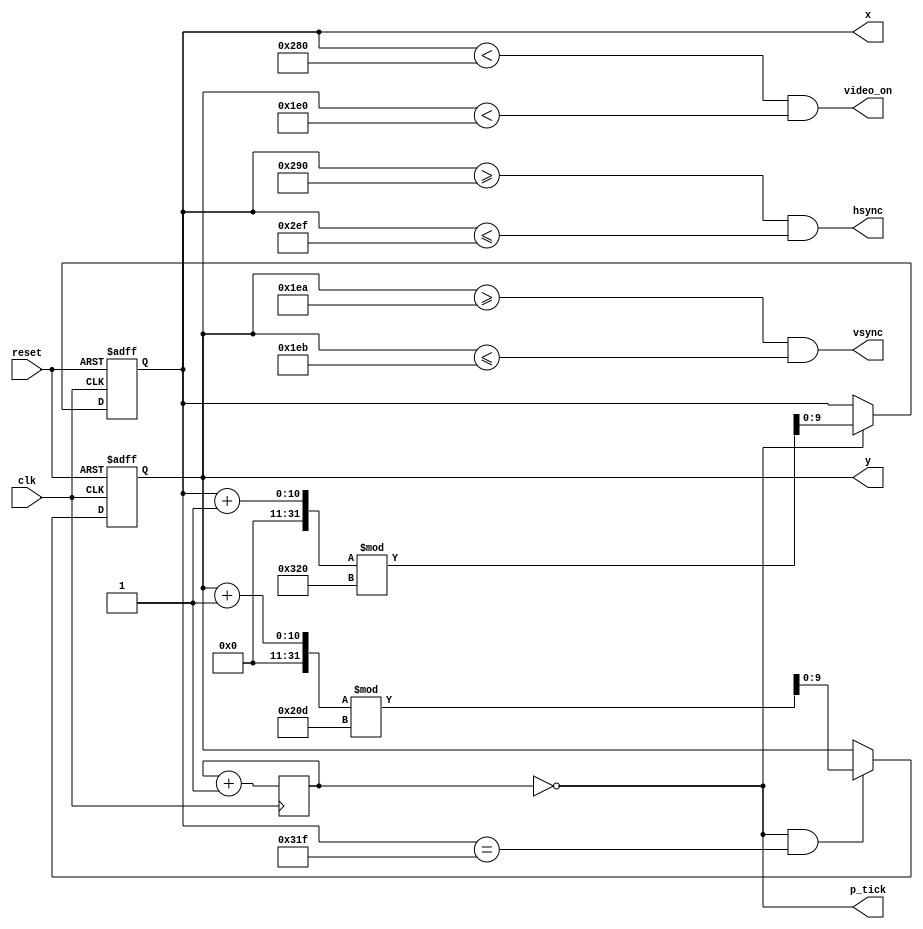
`timescale 1ns / 1ps
//////////////////////////////////////////////////////////////////////////////////
// Company: 
// Engineer: 
// 
// Design Name: 
// Module Name: vga_sync
// Project Name: 
// Target Devices: 
// Tool Versions: 
// Description: 
// 
// Dependencies: 
// 
// Revision:
// Revision 0.01 - File Created
// Additional Comments:
// 
//////////////////////////////////////////////////////////////////////////////////


module vgaTracker(
    output hsync, vsync, video_on, p_tick,
    output [9:0] x, y,
    input clk, reset
);

localparam H_DISPLAY = 640;
localparam H_L_BORDER = 48;
localparam H_R_BORDER = 16;
localparam H_RETRACE = 96;
localparam H_MAX = H_DISPLAY + H_L_BORDER + H_R_BORDER + H_RETRACE;
localparam START_H_RETRACE = H_DISPLAY + H_R_BORDER;
localparam END_H_RETRACE = START_H_RETRACE + H_RETRACE - 1;

localparam V_DISPLAY = 480;
localparam V_T_BORDER = 33;
localparam V_B_BORDER = 10;
localparam V_RETRACE = 2;
localparam V_MAX = V_DISPLAY + V_T_BORDER + V_B_BORDER + V_RETRACE;
localparam START_V_RETRACE = V_DISPLAY + V_B_BORDER;
localparam END_V_RETRACE = START_V_RETRACE + V_RETRACE - 1;

reg [1:0] pixel_reg;
wire pixel_tick = pixel_reg == 0;
always @(posedge clk)
    pixel_reg <= pixel_reg + 1;

reg [9:0] h_count_reg = 0;
reg [9:0] v_count_reg = 0;
wire [9:0] h_count_next = pixel_tick ? ((h_count_reg + 1) % H_MAX) : h_count_reg;
wire [9:0] v_count_next = (pixel_tick && h_count_reg == H_MAX - 1) ? ((v_count_reg + 1) % V_MAX) : v_count_reg;

assign hsync = (h_count_reg >= START_H_RETRACE) && (h_count_reg <= END_H_RETRACE);
assign vsync = (v_count_reg >= START_V_RETRACE) && (v_count_reg <= END_V_RETRACE);

always @(posedge clk, posedge reset)
    if (reset) begin
        v_count_reg <= 0;
        h_count_reg <= 0;
    end
    else begin
        v_count_reg <= v_count_next;
        h_count_reg <= h_count_next;
    end

assign video_on = (h_count_reg < H_DISPLAY) && (v_count_reg < V_DISPLAY);

assign x = h_count_reg;
assign y = v_count_reg;
assign p_tick = pixel_tick;

endmodule